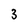
Character: 3